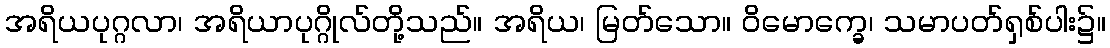
အရိယပုဂ္ဂလာ၊ အရိယာပုဂ္ဂိုလ်တို့သည်။ အရိယ၊ မြတ်သော။ ဝိမောက္ခေ၊ သမာပတ်ရှစ်ပါး၌။